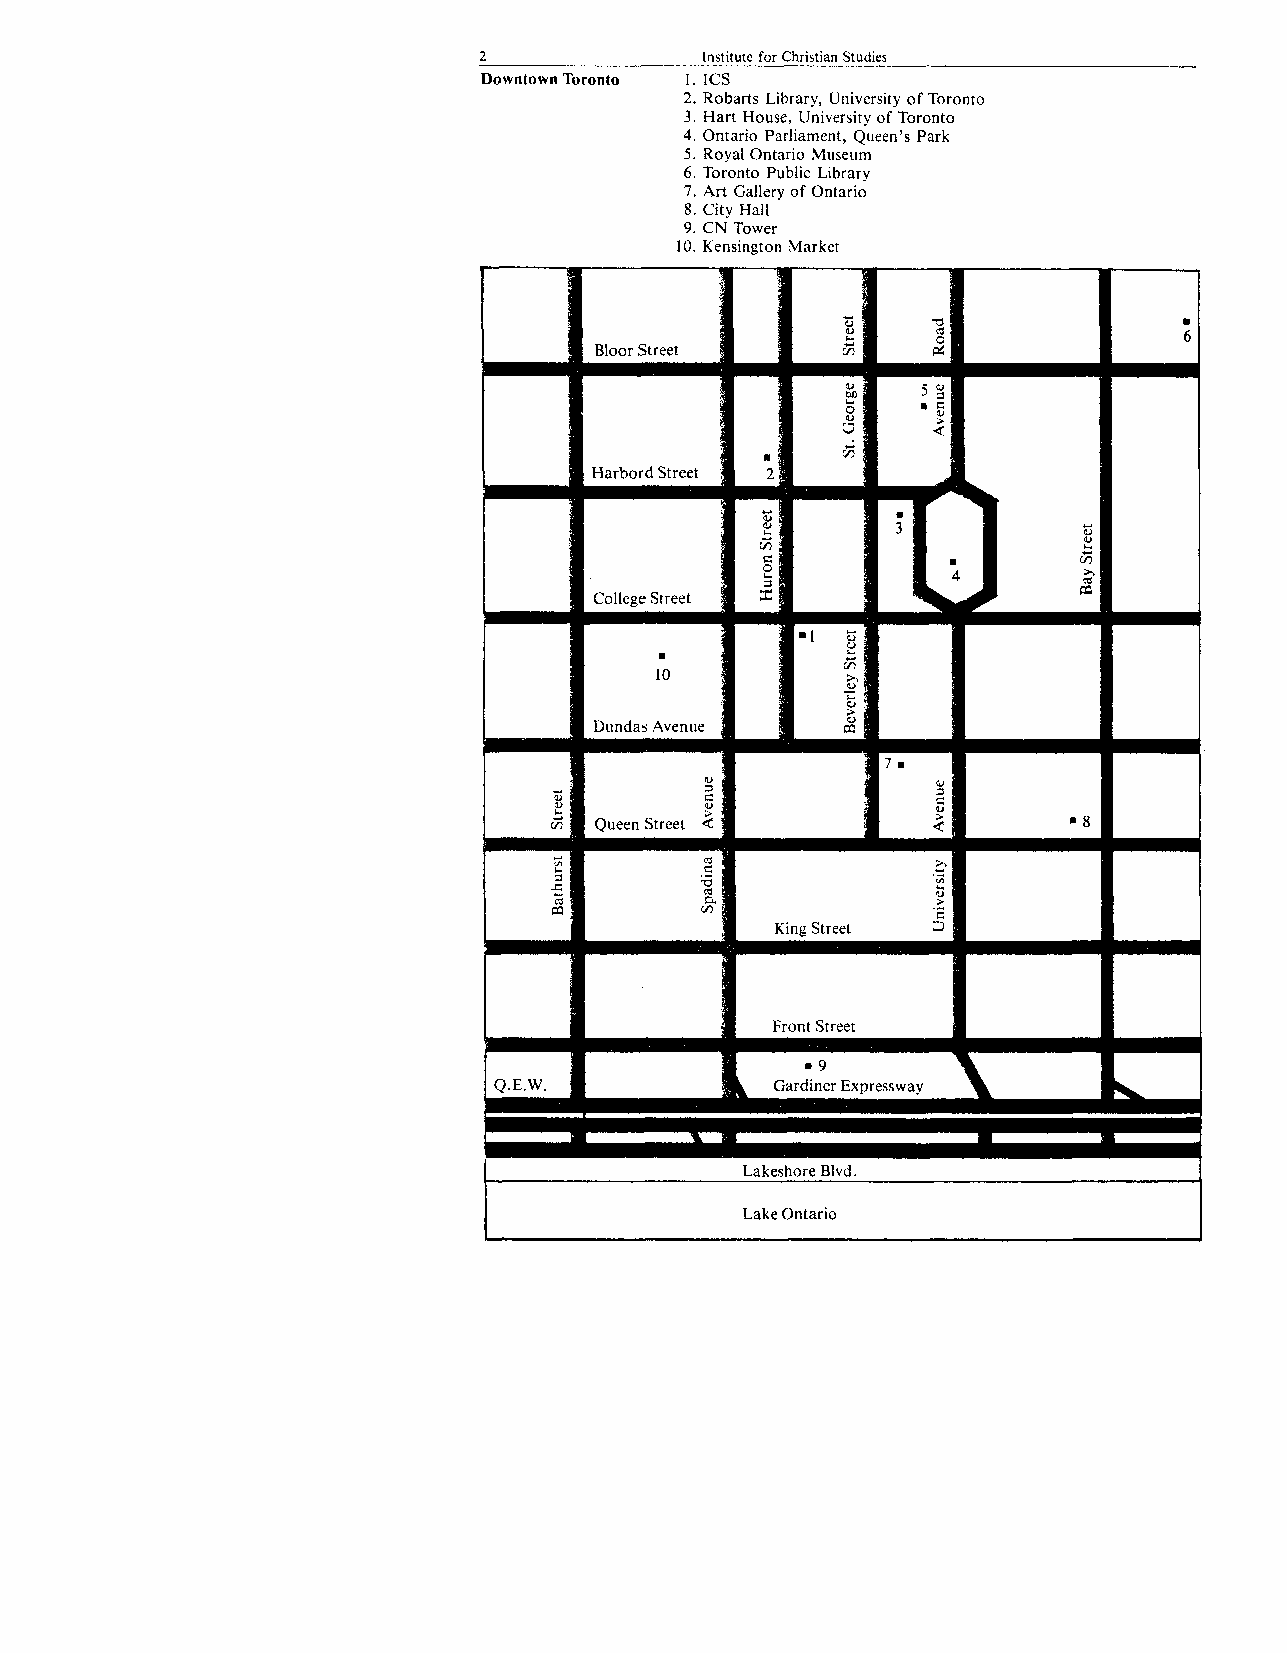
2__________________________________Institute for Christian Studies________________
 Downtown Toronto 1. ICS
 2. Robarts Library, University of Toronto
 3. Hart House, University of Toronto
 4. Ontario Parliament, Queen’s Park
 5. Royal Ontario Museum
 6. Toronto Public Library
 7. Art Gallery of Ontario
 8. City Hall
 9. CN Tower
 10. Kensington Market